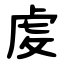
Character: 䖍